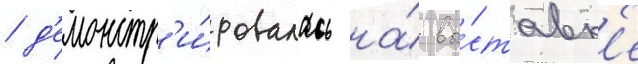
/ д'емонстр'и́ровалась на́ вы́ставк'е